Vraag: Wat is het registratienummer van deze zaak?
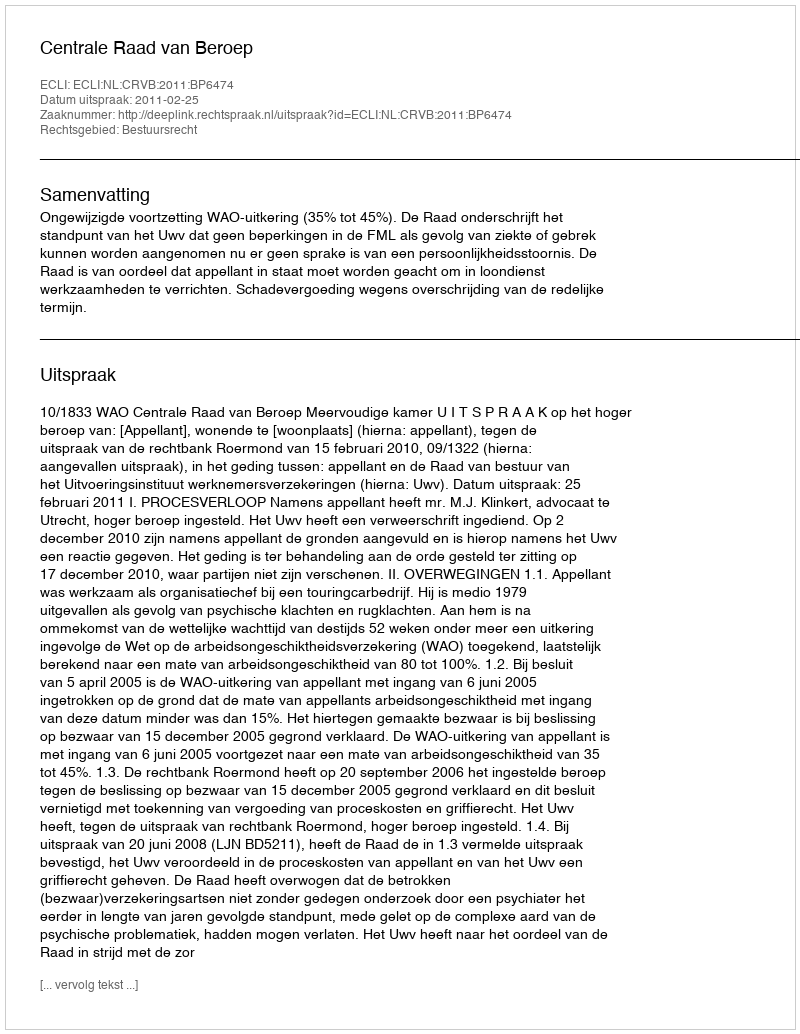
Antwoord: http://deeplink.rechtspraak.nl/uitspraak?id=ECLI:NL:CRVB:2011:BP6474